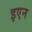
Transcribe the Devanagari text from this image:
इएन